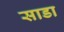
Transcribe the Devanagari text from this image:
साडा